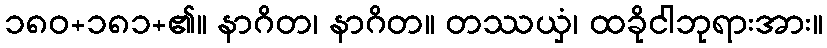
၁၈၀+၁၈၁+၏။ နာဂိတ၊ နာဂိတ။ တဿယှံ၊ ထခိုငါဘုရားအား။